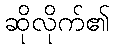
ဆိုလိုက်၏